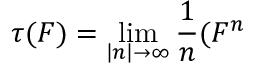
\tau ( F ) = \operatorname * { l i m } _ { \left| n \right| \rightarrow \infty } \frac { 1 } { n } ( F ^ { n }